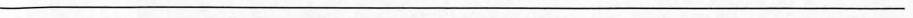
___